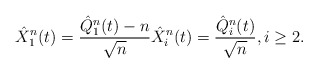
\begin{align*}\hat{X}_1^n(t) = \frac{\hat{Q}_1^n(t) - n}{\sqrt{n}} \hat{X}_i^n(t) = \frac{\hat{Q}_i^n(t)}{\sqrt{n}}, i \ge 2.\end{align*}